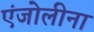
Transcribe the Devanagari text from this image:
एंजोलीना